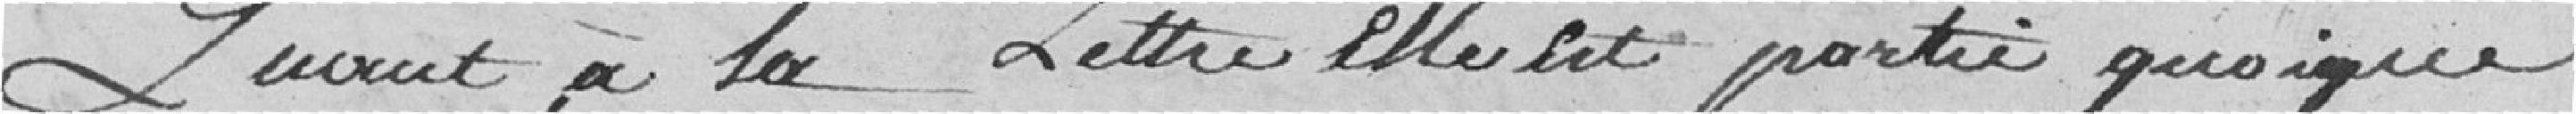
Quant à la lettre elle est partie quoique